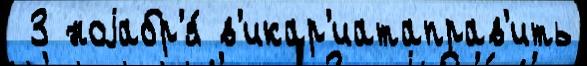
 3 ноjабр'я́ в'икар'иатаправ'ить